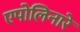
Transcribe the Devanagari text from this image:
एपोलिनारे